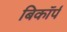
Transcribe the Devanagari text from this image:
बिकॉर्प